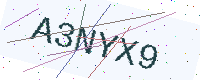
Text: A3NYX9